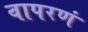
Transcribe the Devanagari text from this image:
वापरणं